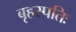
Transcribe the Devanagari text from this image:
बृहस्पतिः